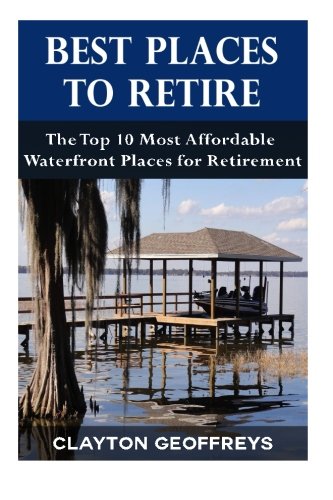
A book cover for Best Places to Retire: The Top 10 Most Affordable Waterfront Places for Retirement (Retirement Books); Clayton Geoffreys; Travel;